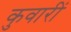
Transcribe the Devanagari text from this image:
कुवारीं